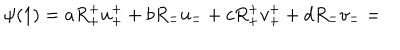
\psi ( 1 ) = a R _ { + } ^ { + } u _ { + } ^ { + } + b R _ { - } ^ { - } u _ { - } ^ { - } + c R _ { + } ^ { + } v _ { + } ^ { + } + d R _ { - } ^ { - } v _ { - } ^ { - } =